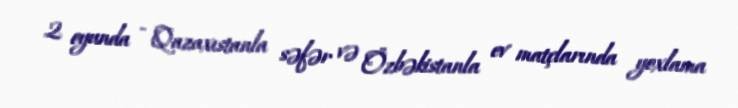
2 oyunda - Qazaxıstanla səfər və Özbəkistanla ev matçlarında yoxlama